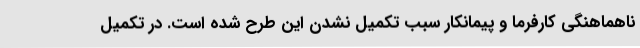
ناهماهنگی کارفرما و پیمانکار سبب تکمیل نشدن این طرح شده است. در تکمیل